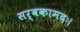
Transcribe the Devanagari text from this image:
सर्वकामदः।